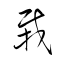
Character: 栽